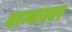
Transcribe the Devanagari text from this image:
नाम्माल्वर